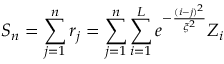
S _ { n } = \sum _ { j = 1 } ^ { n } r _ { j } = \sum _ { j = 1 } ^ { n } \sum _ { i = 1 } ^ { L } e ^ { - \frac { ( i - j ) ^ { 2 } } { \xi ^ { 2 } } } Z _ { i }